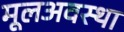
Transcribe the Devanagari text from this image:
मूलअवस्था